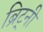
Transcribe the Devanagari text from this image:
ब्रिट्नी